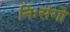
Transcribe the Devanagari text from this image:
निःसंगो